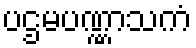
ပဌမပဏ္ဏာသကံ